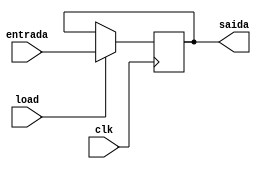
module registrador (
    input [15:0] entrada,
    input clk,
    input load,
    output reg [15:0] saida
);
    always @(posedge clk) begin
        if (load == 1) begin
           saida <= entrada;
        end
    end
endmodule